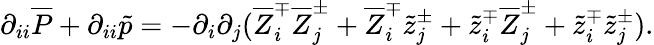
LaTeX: \partial_{ii}\overline{{P}}+\partial_{ii}\tilde{p}=-\partial_{i}\partial_{j}(\overline{{Z}}_{i}^{\mp}\overline{{Z}}_{j}^{\pm}+\overline{{Z}}_{i}^{\mp}\tilde{z}_{j}^{\pm}+\tilde{z}_{i}^{\mp}\overline{{Z}}_{j}^{\pm}+\tilde{z}_{i}^{\mp}\tilde{z}_{j}^{\pm}).